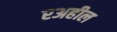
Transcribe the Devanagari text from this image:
रअहील